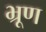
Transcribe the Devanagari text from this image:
भ्रूण